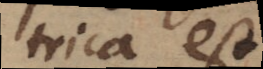
trica est